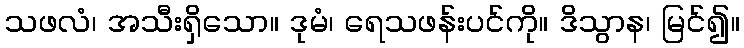
သဖလံ၊ အသီးရှိသော။ ဒုမံ၊ ရေသဖန်းပင်ကို။ ဒိသွာန၊ မြင်၍။